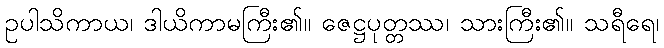
ဥပါသိကာယ၊ ဒါယိကာမကြီး၏။ ဇေဋ္ဌပုတ္တဿ၊ သားကြီး၏။ သရီရေ၊